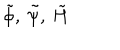
LaTeX: \tilde { \phi } , \: \tilde { \psi } , \: \tilde { H }